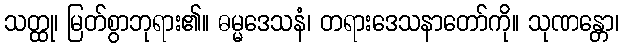
သတ္ထု၊ မြတ်စွာဘုရား၏။ ဓမ္မဒေသနံ၊ တရားဒေသနာတော်ကို။ သုဏန္တော၊